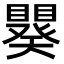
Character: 𬑪